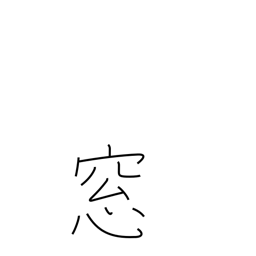
Meaning: window